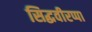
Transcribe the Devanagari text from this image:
सिद्धवीरप्पा